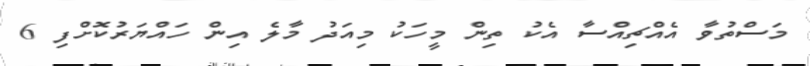
މަސްތުވާ އެއްޗިއްސާ އެކު ތިން މީހަކު މިއަދު މާލެ އިން ހައްޔަރުކޮށްފި 6